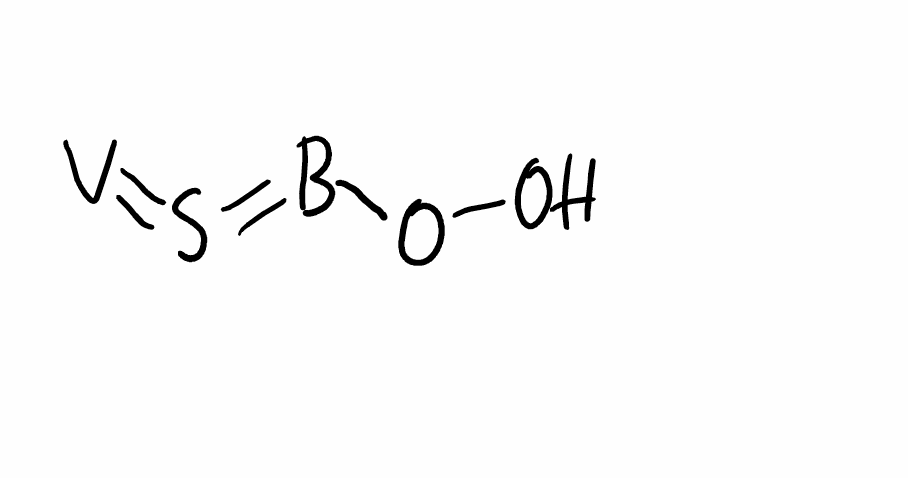
Simplified molecular-input line-entry system (SMILES) notation of the given molecule:
B(=S=[V])OO